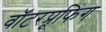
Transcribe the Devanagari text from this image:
वॉटरप्रूफिंग